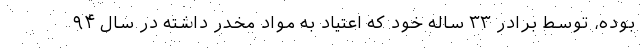
بوده، توسط برادر ۳۳ ساله خود که اعتیاد به مواد مخدر داشته در سال ۹۴